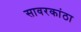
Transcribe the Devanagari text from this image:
सावरकांठा